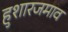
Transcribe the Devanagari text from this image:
हुशारजमाव